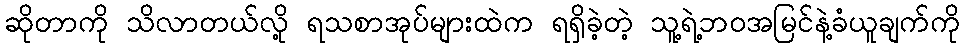
ဆိုတာကို သိလာတယ်လို့ ရသစာအုပ်များထဲက ရရှိခဲ့တဲ့ သူ့ရဲ့ဘဝအမြင်နဲ့ခံယူချက်ကို